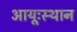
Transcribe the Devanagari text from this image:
आयूःस्थान